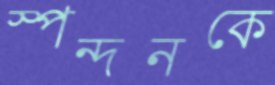
স্পন্দনকে